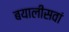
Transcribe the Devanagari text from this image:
बयालीसवां